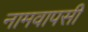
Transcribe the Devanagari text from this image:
नामवापसी